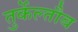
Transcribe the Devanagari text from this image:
तुर्केल्तौब